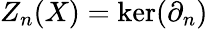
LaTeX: Z_{n}(X)=\ker(\partial_{n})